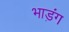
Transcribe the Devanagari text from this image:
भाड़ंग